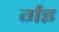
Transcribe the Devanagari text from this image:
र्गइ